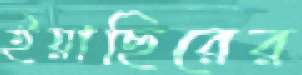
ইয়াছিরের